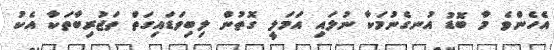
އެހެންވެ މާ ބޮޑު އުނގެނުމަކާ ނުލައި އަމަލީ ގޮތުން ލިބިވަޑައިގަތް ތަޖުރިބާތަކާ އެކު